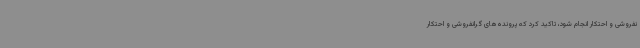
نفروشی و احتکار انجام شود، تاکید کرد که پرونده‌های گرانفروشی و احتکار